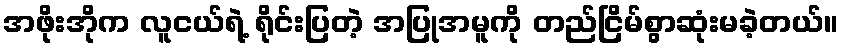
အဖိုးအိုက လူငယ်ရဲ့ ရိုင်းပြတဲ့ အပြုအမူကို တည်ငြိမ်စွာဆုံးမခဲ့တယ်။